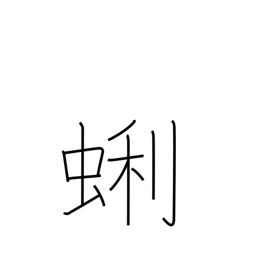
Meaning: a kind of bivalve